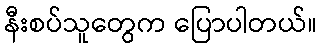
နီးစပ်သူတွေက ပြောပါတယ်။